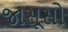
જાસૂસો